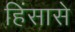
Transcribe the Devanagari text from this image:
हिंसासे